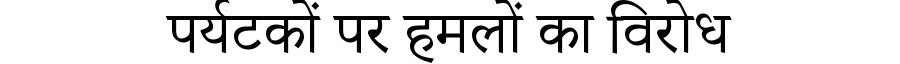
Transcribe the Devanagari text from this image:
पर्यटकों पर हमलों का विरोध